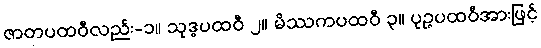
ဇာတပထဝီလည်း-၁။ သုဒ္ဓပထဝီ ၂။ မိဿကပထဝီ ၃။ ပုဉ္ဇပထဝီအားဖြင့်